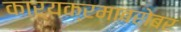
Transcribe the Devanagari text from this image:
कार्यक्रमाबरोबर